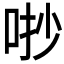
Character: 𠳕